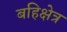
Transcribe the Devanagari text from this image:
बहिक्षेत्र